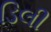
ડિલી